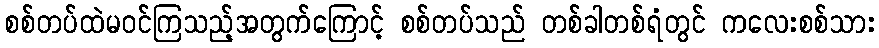
စစ်တပ်ထဲမဝင်ကြသည့်အတွက်ကြောင့် စစ်တပ်သည် တစ်ခါတစ်ရံတွင် ကလေးစစ်သား